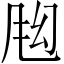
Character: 𬱶